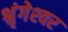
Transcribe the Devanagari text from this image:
श्रृंगेश्‍वर